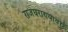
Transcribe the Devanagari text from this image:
राजघराण्यावर